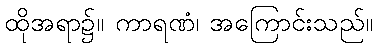
ထိုအရာ၌။ ကာရဏံ၊ အကြောင်းသည်။